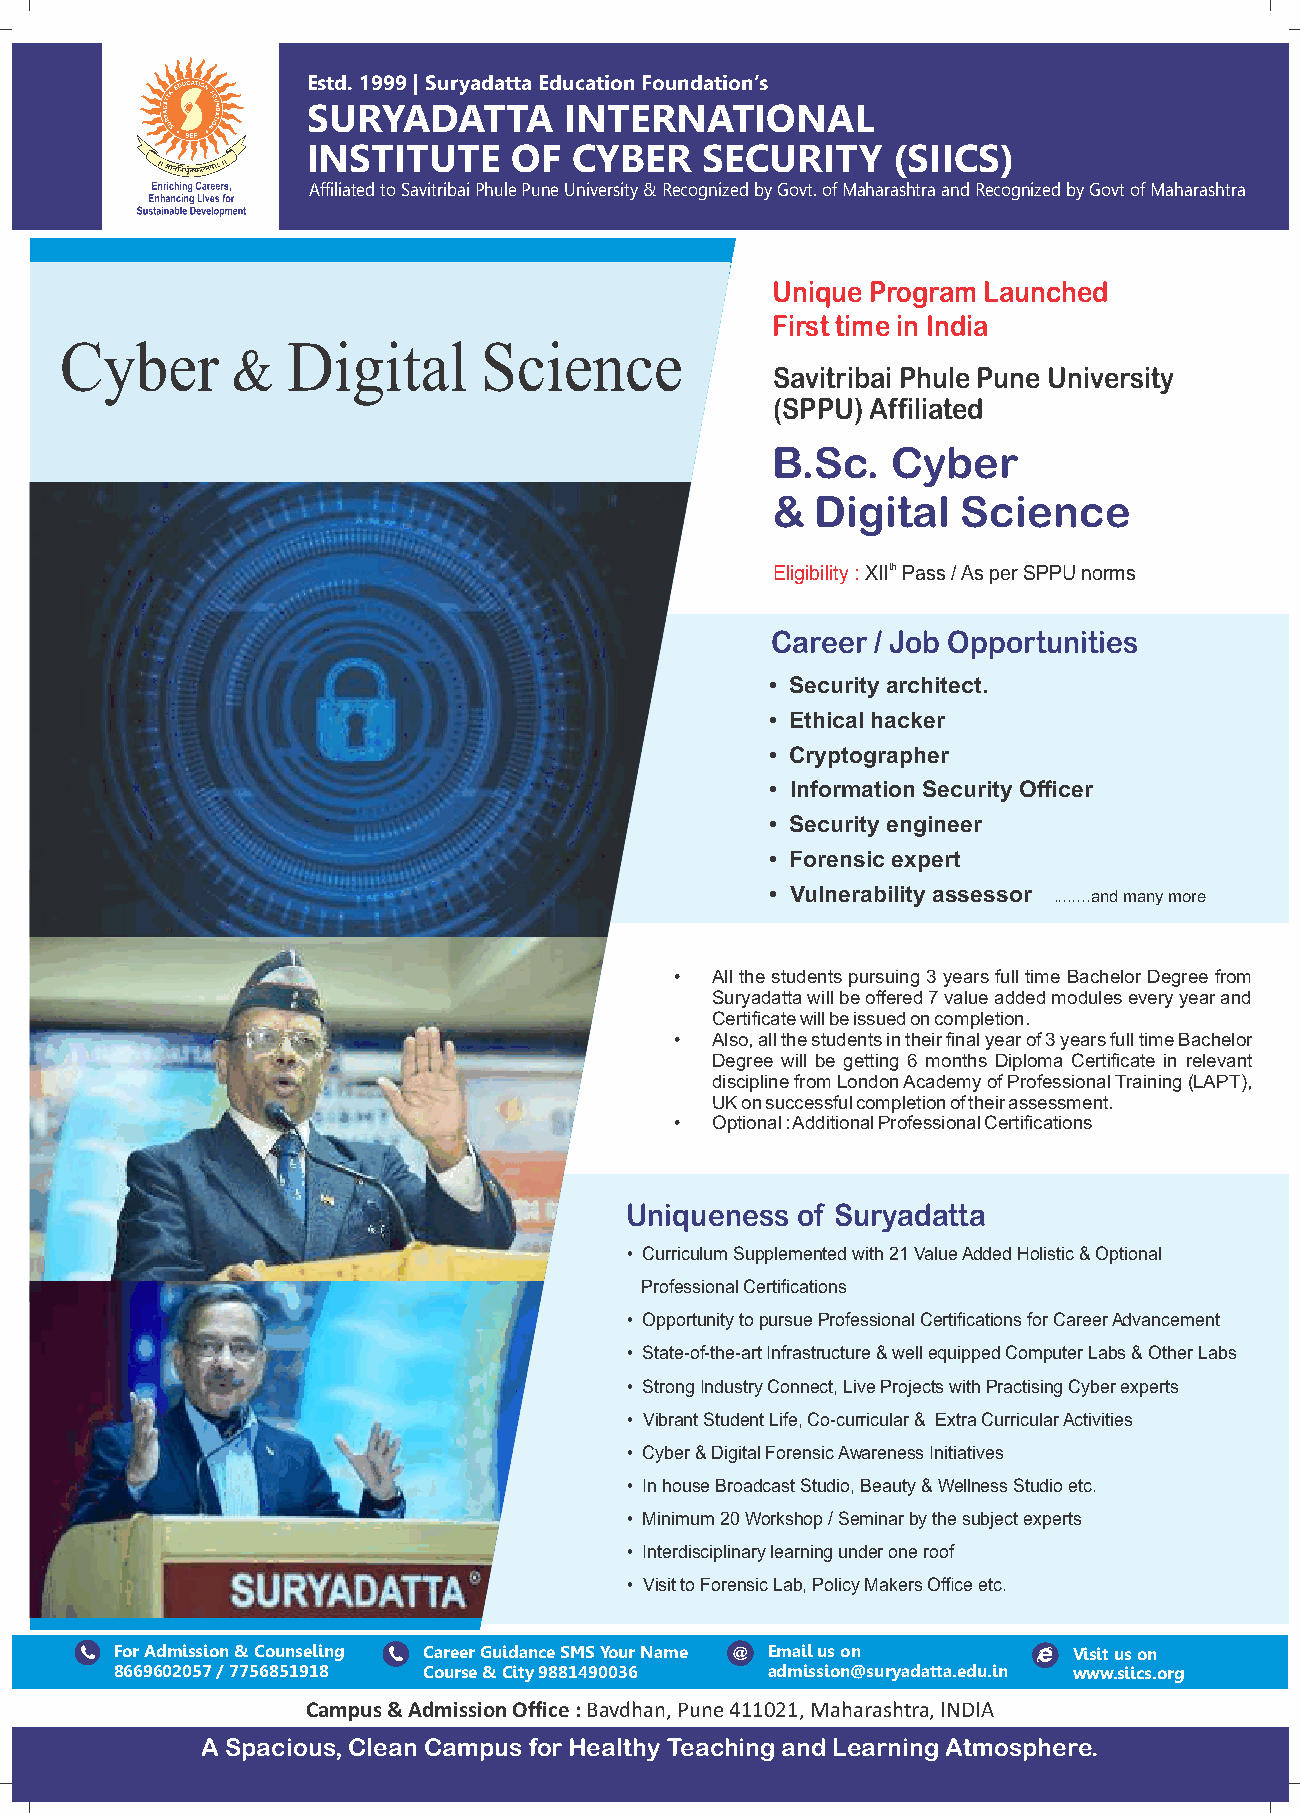
Estd. 1999 | Suryadatta Education Foundation’s
 SURYADATTA       INTERNATIONAL
 INSTITUTE     OF  CYBER   SECURITY     (SIICS)
 Affiliated to Savitribai Phule Pune University & Recognized by Govt. of Maharashtra and Recognized by Govt of Maharashtra
 Unique Program Launched
 First time in India
 Cyber      &   Digital      Science
 Savitribai Phule Pune University
 (SPPU) Affiliated
 B.Sc.   Cyber
 &  Digital   Science
 Eligibility : XIIth Pass / As per SPPU norms
 Career / Job Opportunities
 • Security architect.
 • Ethical hacker
 • Cryptographer
 • Information Security Officer
 • Security engineer
 • Forensic expert
 • Vulnerability assessor ........and many more
 • All the students pursuing 3 years full time Bachelor Degree from
 Suryadatta will be offered 7 value added modules every year and
 Certificate will be issued on completion.
 • Also, all the students in their final year of 3 years full time Bachelor
 Degree will be getting 6 months Diploma Certificate in relevant
 discipline from London Academy of Professional Training (LAPT),
 UK on successful completion of their assessment.
 • Optional : Additional Professional Certifications
 Uniqueness  of Suryadatta
 • Curriculum Supplemented with 21 Value Added Holistic & Optional
 Professional Certifications
 • Opportunity to pursue Professional Certifications for Career Advancement
 • State-of-the-art Infrastructure & well equipped Computer Labs & Other Labs
 • Strong Industry Connect, Live Projects with Practising Cyber experts
 • Vibrant Student Life, Co-curricular & Extra Curricular Activities
 • Cyber & Digital Forensic Awareness Initiatives
 • In house Broadcast Studio, Beauty & Wellness Studio etc.
 • Minimum 20 Workshop / Seminar by the subject experts
 • Interdisciplinary learning under one roof
 • Visit to Forensic Lab, Policy Makers Office etc.
 For Admission & Counseling Career Guidance SMS Your Name @ Email us on Visit us on
 8669602057 / 7756851918 Course & City 9881490036 admission@suryadatta.edu.in www.siics.org
 Campus & Admission Office : Bavdhan, Pune 411021, Maharashtra, INDIA
 A Spacious, Clean Campus for Healthy Teaching and Learning Atmosphere.